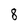
Character: 8